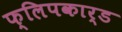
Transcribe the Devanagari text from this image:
फ्लिपकार्ड